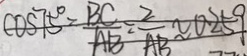
\cos 7 5 ^ { \circ } = \frac { B C } { A B } = \frac { 2 } { A B } \approx 0 . 2 5 9